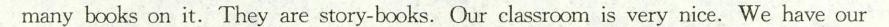
many books on it. They are story-books. Our classroom is very nice. We have our